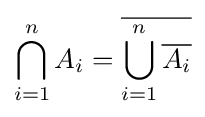
\bigcap _{i=1}^{n}A_{i}={\overline {\bigcup _{i=1}^{n}{\overline {A_{i}}}}}